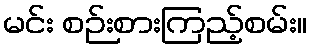
မင်း စဉ်းစားကြည့်စမ်း။